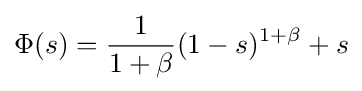
\Phi (s)={\frac {1}{1+\beta }}(1-s)^{1+\beta }+s